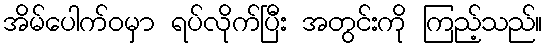
အိမ်ပေါက်ဝမှာ ရပ်လိုက်ပြီး အတွင်းကို ကြည့်သည်။